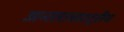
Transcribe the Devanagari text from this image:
अन्तरासश्ट्ऱीय